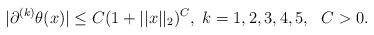
LaTeX: \begin{align*} \vert \partial^{(k)} \theta(x) \vert \leq C (1+ \vert \vert x \vert \vert_2)^C, \ k=1,2,3, 4,5, \ \ C>0 . \end{align*}